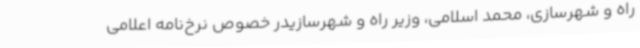
راه و شهرسازی، محمد اسلامی، وزیر راه و شهرسازیدر خصوص نرخ‌نامه اعلامی